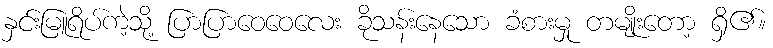
နှင်းမြူရိပ်ကဲ့သို့ ပြာပြာဝေဝေလေး ခိုသန်းနေသော ခံစားမှု တမျိုးတော့ ရှိ၏။